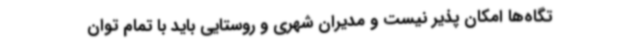
تگاه‌ها امکان پذیر نیست و مدیران شهری و روستایی باید با تمام توان